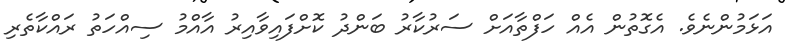
އަޅަމުންނެވެ. އެގޮތުން އެއް ހަފްތާއަށް ސަރުކާރު ބަންދު ކޮށްފައިވާއިރު އާއްމު ސިއްހަތު ރައްކާތެރި